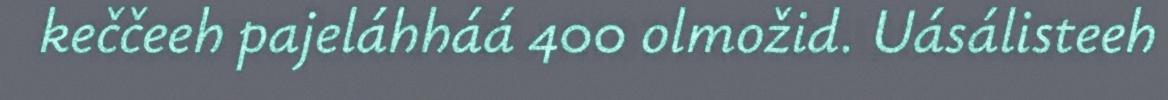
keččeeh pajeláhháá 400 olmožid. Uásálisteeh